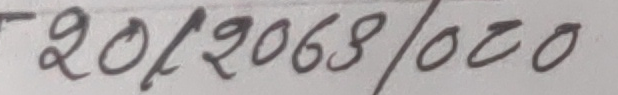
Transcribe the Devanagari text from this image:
२०/२०६३/०२०